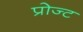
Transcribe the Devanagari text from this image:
प्रोज्ट